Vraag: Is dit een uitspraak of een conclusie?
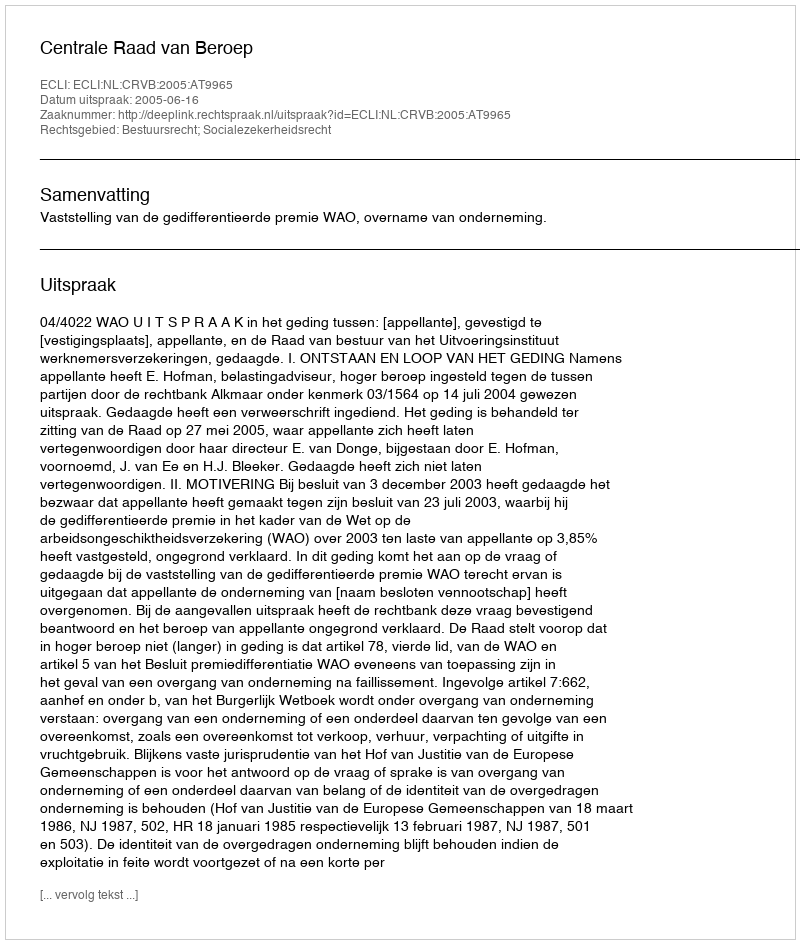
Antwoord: Uitspraak